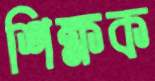
শিক্ষক